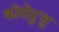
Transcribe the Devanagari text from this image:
कोलेऱुत्तु